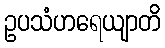
ဥပသံဟရေယျာတိ